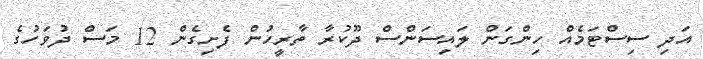
އަދި ސިސްޓަމެއް ހިންގަން ލައިސަންސް ދޫކުރާ ތާރީހުން ފެށިގެން 12 މަސް ދުވަހުގެ